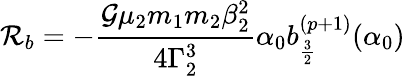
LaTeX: \mathcal{R}_{b}=-\frac{\mathcal{G}\mu_{2}m_{1}m_{2}\beta_{2}^{2}}{4\Gamma_{2}^{3}}\alpha_{0}b_{\frac{3}{2}}^{(p+1)}(\alpha_{0})